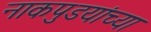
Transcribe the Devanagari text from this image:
नाकपुडयांच्या